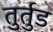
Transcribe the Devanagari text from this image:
तुर्तुड